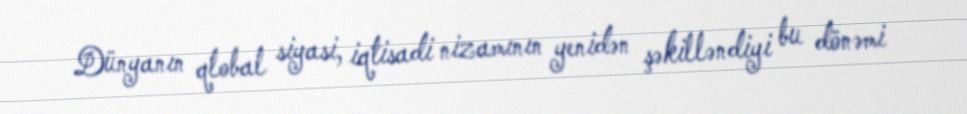
Dünyanın qlobal siyasi, iqtisadi nizamının yenidən şəkilləndiyi bu dönəmi